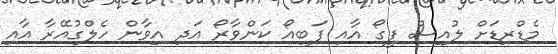
މެޑްރިޑަށް ލުއިސް ފީގޯ އާއި ފަބިއޯ ކަންވާރޯ އަދި އިވާން ހެލްގުއޭރާ އާއި